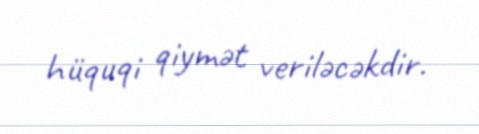
hüquqi qiymət veriləcəkdir.